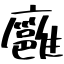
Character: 廱